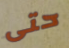
حتى